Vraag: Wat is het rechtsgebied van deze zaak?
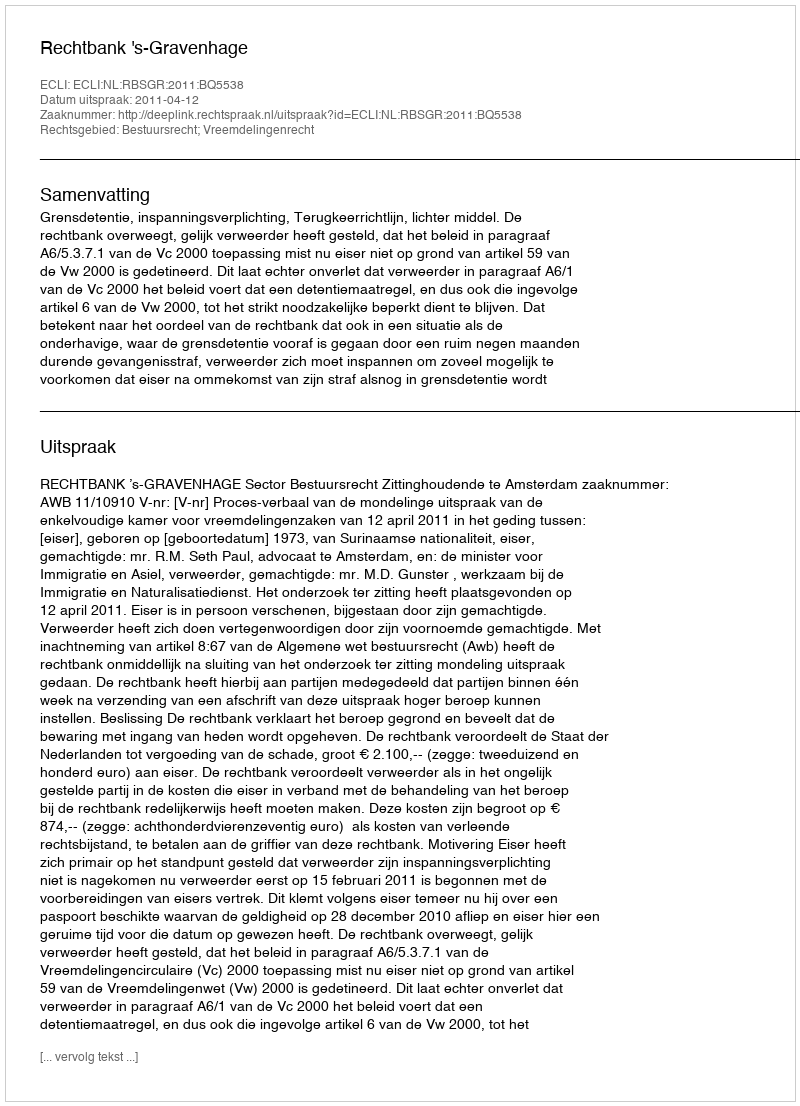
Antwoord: Bestuursrecht; Vreemdelingenrecht